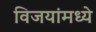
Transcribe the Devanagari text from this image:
विजयांमध्ये